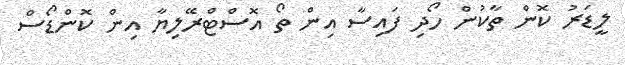
ލީޑަރު ކޮން ތާކުން ހޯދި ފައިސާ އިން ތޯ އޮސްޓްރޭލިޔާ އިން ކޮންޑޯސް